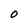
Character: O